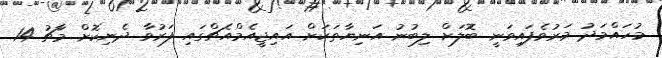
މުހައްމަދު މަރުވެފައިވަނީ ބޮލަށް ލިބުނު އަނިޔާތަކަށް އައިޖީއެމްއެޗްގައި ފަރުވާ ދެނިކޮށް މާޗު 14